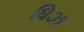
ધિઝ